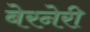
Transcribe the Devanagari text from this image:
बेरनेरी